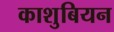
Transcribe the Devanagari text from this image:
काशुबियन